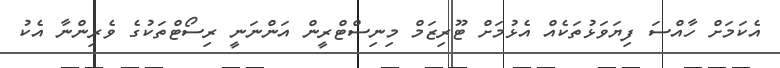
އެކަމަށް ހާއްސަ ފިޔަވަޅުތަކެއް އެޅުމަށް ޓޫރިޒަމް މިނިސްޓްރީން އަންނަނީ ރިސޯޓްތަކުގެ ވެރިންނާ އެކު